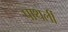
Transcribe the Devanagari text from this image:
पाथर्ली